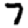
Digit: 7